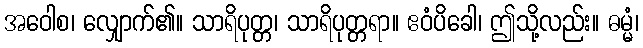
အဝေါစ၊ လျှောက်၏။ သာရိပုတ္တ၊ သာရိပုတ္တရာ။ ဧဝံပိခေါ၊ ဤသို့လည်း။ ဓမ္မံ၊